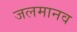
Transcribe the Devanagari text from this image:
जलमानव